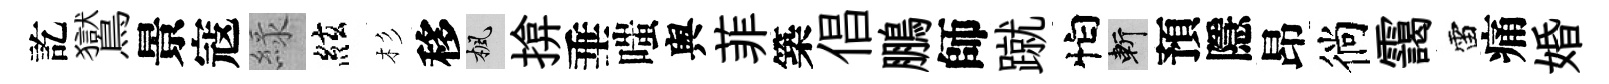
訖鸑景寇緑絃杉移楓揜垂嗤舆菲築倡鵬師蹴怕斬預隱昂徜靄雷痛婚